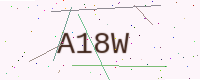
Text: A18W